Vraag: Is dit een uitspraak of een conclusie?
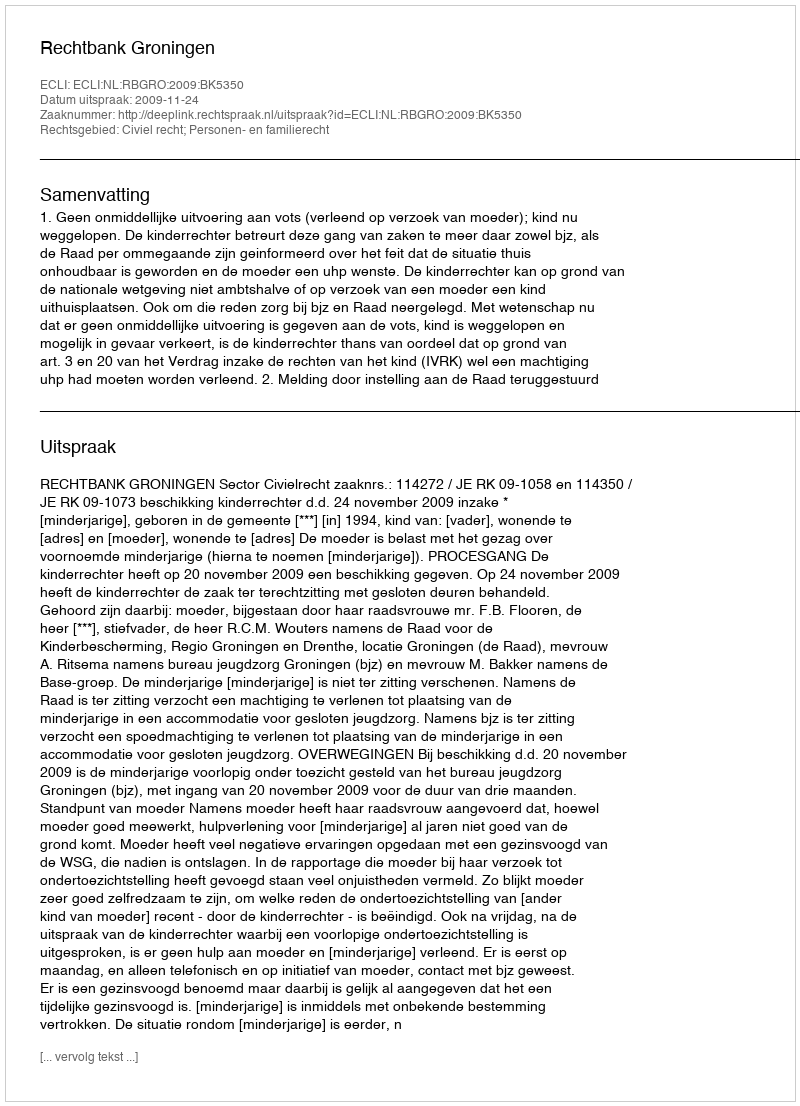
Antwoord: Uitspraak